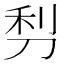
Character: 𠜣